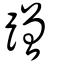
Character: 蹭